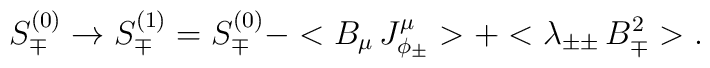
S_{\mp}^{(0)} \rightarrow  S_{\mp}^{(1)} = S_{\mp}^{(0)} -<B_{\mu}\,J_{\phi_\pm}^{\mu}>+<\lambda_{\pm\pm} \, B^{2}_{\mp}>.